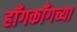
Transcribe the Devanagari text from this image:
हॉँगकॉँगच्या